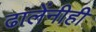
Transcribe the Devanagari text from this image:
ढालेंनीही